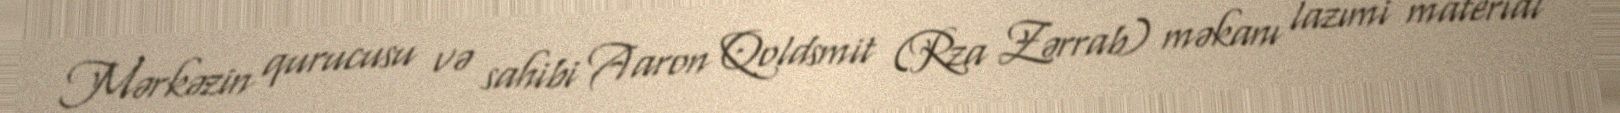
Mərkəzin qurucusu və sahibi Aaron Qoldsmit (Rza Zərrab) məkanı lazımi material